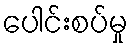
ပေါင်းစပ်မှု